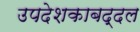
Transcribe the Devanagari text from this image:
उपदेशकाबद्दल